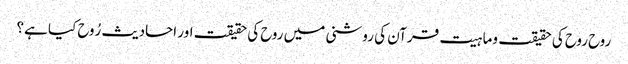
روح روح کی حقیقت وماہیت قرآن کی روشنی میں روح کی حقیقت اور احادیث رُوح کیا ہے؟